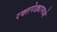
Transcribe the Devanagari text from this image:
रक्तपेढ्यामध्ये